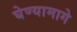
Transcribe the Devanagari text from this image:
घेण्यामागे